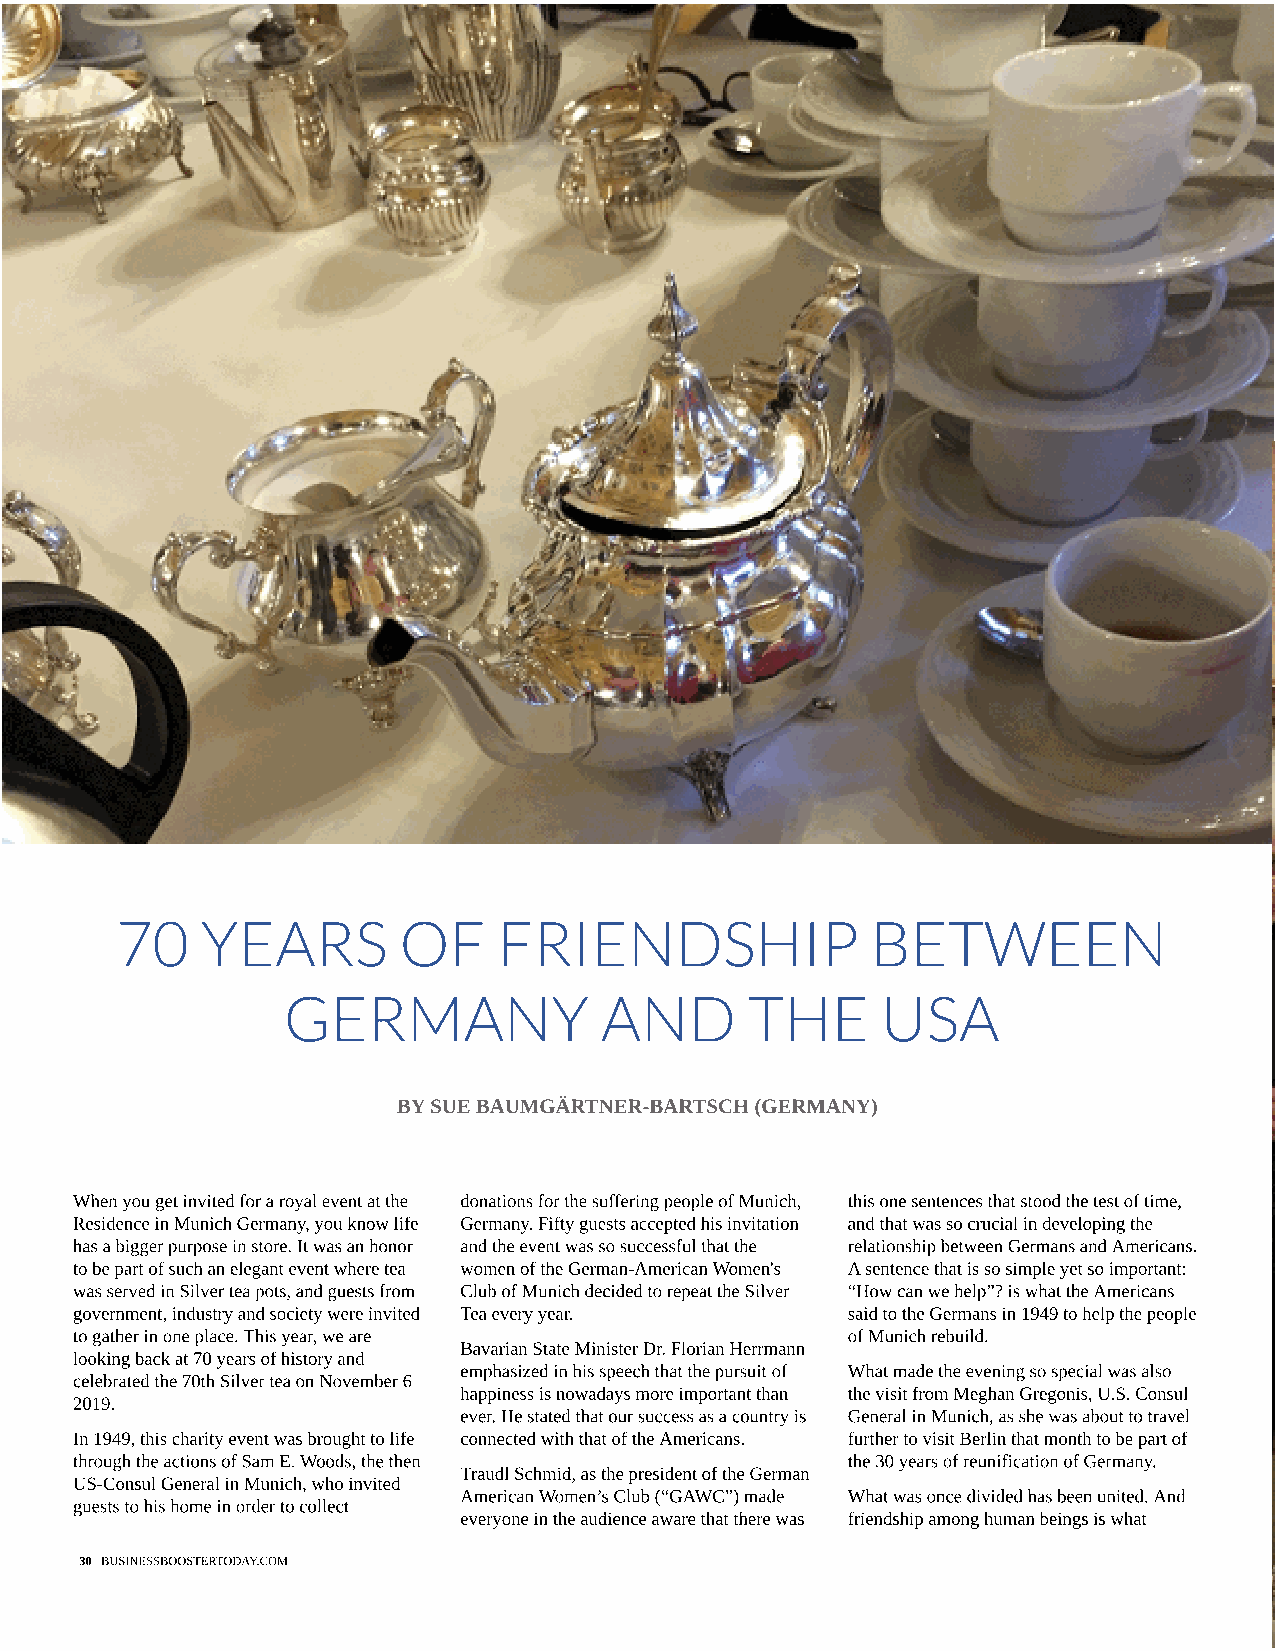
70   YEARS        OF     FRIENDSHIP               BETWEEN
 GERMANY              AND       THE     USA
 BY SUE BAUMGÄRTNER-BARTSCH (GERMANY)
 When you get invited for a royal event at the donations for the suffering people of Munich, this one sentences that stood the test of time,
 Residence in Munich Germany, you know life Germany. Fifty guests accepted his invitation and that was so crucial in developing the
 has a bigger purpose in store. It was an honor and the event was so successful that the relationship between Germans and Americans.
 to be part of such an elegant event where tea women of the German-American Women's A sentence that is so simple yet so important:
 was served in Silver tea pots, and guests from Club of Munich decided to repeat the Silver ?How can we help?? is what the Americans
 government, industry and society were invited Tea every year. said to the Germans in 1949 to help the people
 to gather in one place. This year, we are          of Munich rebuild.
 Bavarian State Minister Dr. Florian Herrmann
 looking back at 70 years of history and
 emphasized in his speech that the pursuit of What made the evening so special was also
 celebrated the 70th Silver tea on November 6
 happiness is nowadays more important than the visit from Meghan Gregonis, U.S. Consul
 2019.
 ever. He stated that our success as a country is General in Munich, as she was about to travel
 In 1949, this charity event was brought to life connected with that of the Americans. further to visit Berlin that month to be part of
 through the actions of Sam E. Woods, the then      the 30 years of reunification of Germany.
 Traudl Schmid, as the president of the German
 US-Consul General in Munich, who invited
 American Women?s Club (?GAWC?) made What was once divided has been united. And
 guests to his home in order to collect
 everyone in the audience aware that there was friendship among human beings is what
 30 BUSINESSBOOSTERTODAY.COM